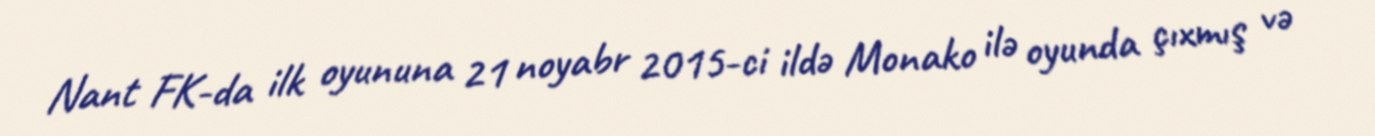
Nant FK-da ilk oyununa 21 noyabr 2015-ci ildə Monako ilə oyunda çıxmış və